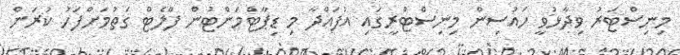
މިނިސްޓަރު ވިދާޅުވީ ހައުސިން މިނިސްޓްރީގައި އުފައްދާ މި ޑިޕާޓްމަންޓުން ފްލެޓް ގަތުމަށްފަހު ކުރަން